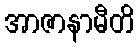
အာဇာနာမီတိ